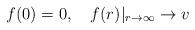
LaTeX: \begin{align*}f(0) = 0, ~~~ f(r)|_{r \rightarrow \infty} \rightarrow v\end{align*}